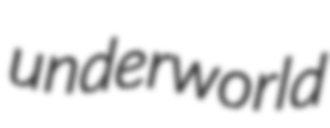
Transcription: underworld